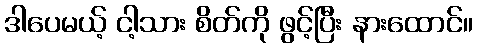
ဒါပေမယ့် ငါ့သား စိတ်ကို ဖွင့်ပြီး နားထောင်။